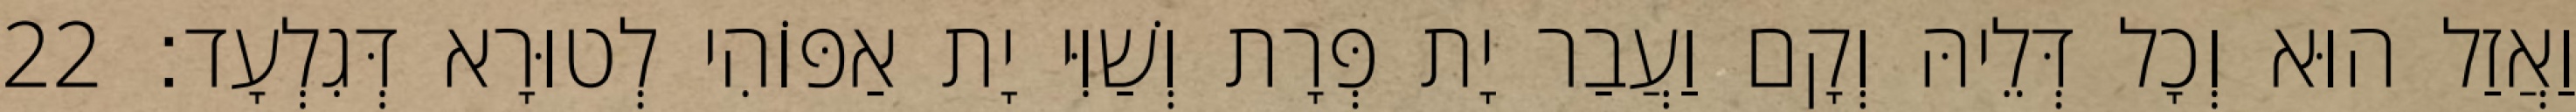
וַאֲזַל הוּא וְכָל דְּלֵיהּ וְקָם וַעֲבַר יָת פְּרָת וְשַׁוִּי יָת אַפּוֹהִי לְטוּרָא דְּגִלְעָד׃ 22